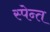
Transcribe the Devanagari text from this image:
स्पेन्त